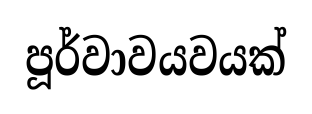
පූර්වාවයවයක්